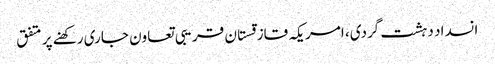
انسداد دہشت گردی، امریکہ قازقستان قریبی تعاون جاری رکھنے پر متفق